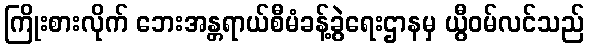
ကြိုးစားလိုက် ဘေးအန္တရာယ်စီမံခန့်ခွဲရေးဌာနမှ ယွီဝမ်လင်သည်